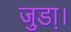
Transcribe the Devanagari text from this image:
जुडा़।